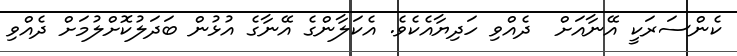
ކެންސަރަކީ އޭނާއަށް  ދެއްވި ހަދިޔާއެކެވެ. އެކަލާންގެ އޭނާގެ އުޅުން ބަދަލުކޮށްލުމަށް ދެއްވި